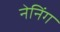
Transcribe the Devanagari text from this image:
नेनिंग